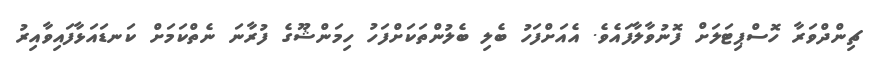
ޗިންދްވަރާ ހޮސްޕިޓަލަށް ފޮނުވާލާފައެވެ. އެއަށްފަހު ބެލި ބެލުންތަކަށްފަހު ހިމަންޝޫގެ ފުރާނަ ނެތްކަމަށް ކަނޑައަޅާފައިވާއިރު